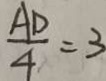
\frac { A D } { 4 } = 3